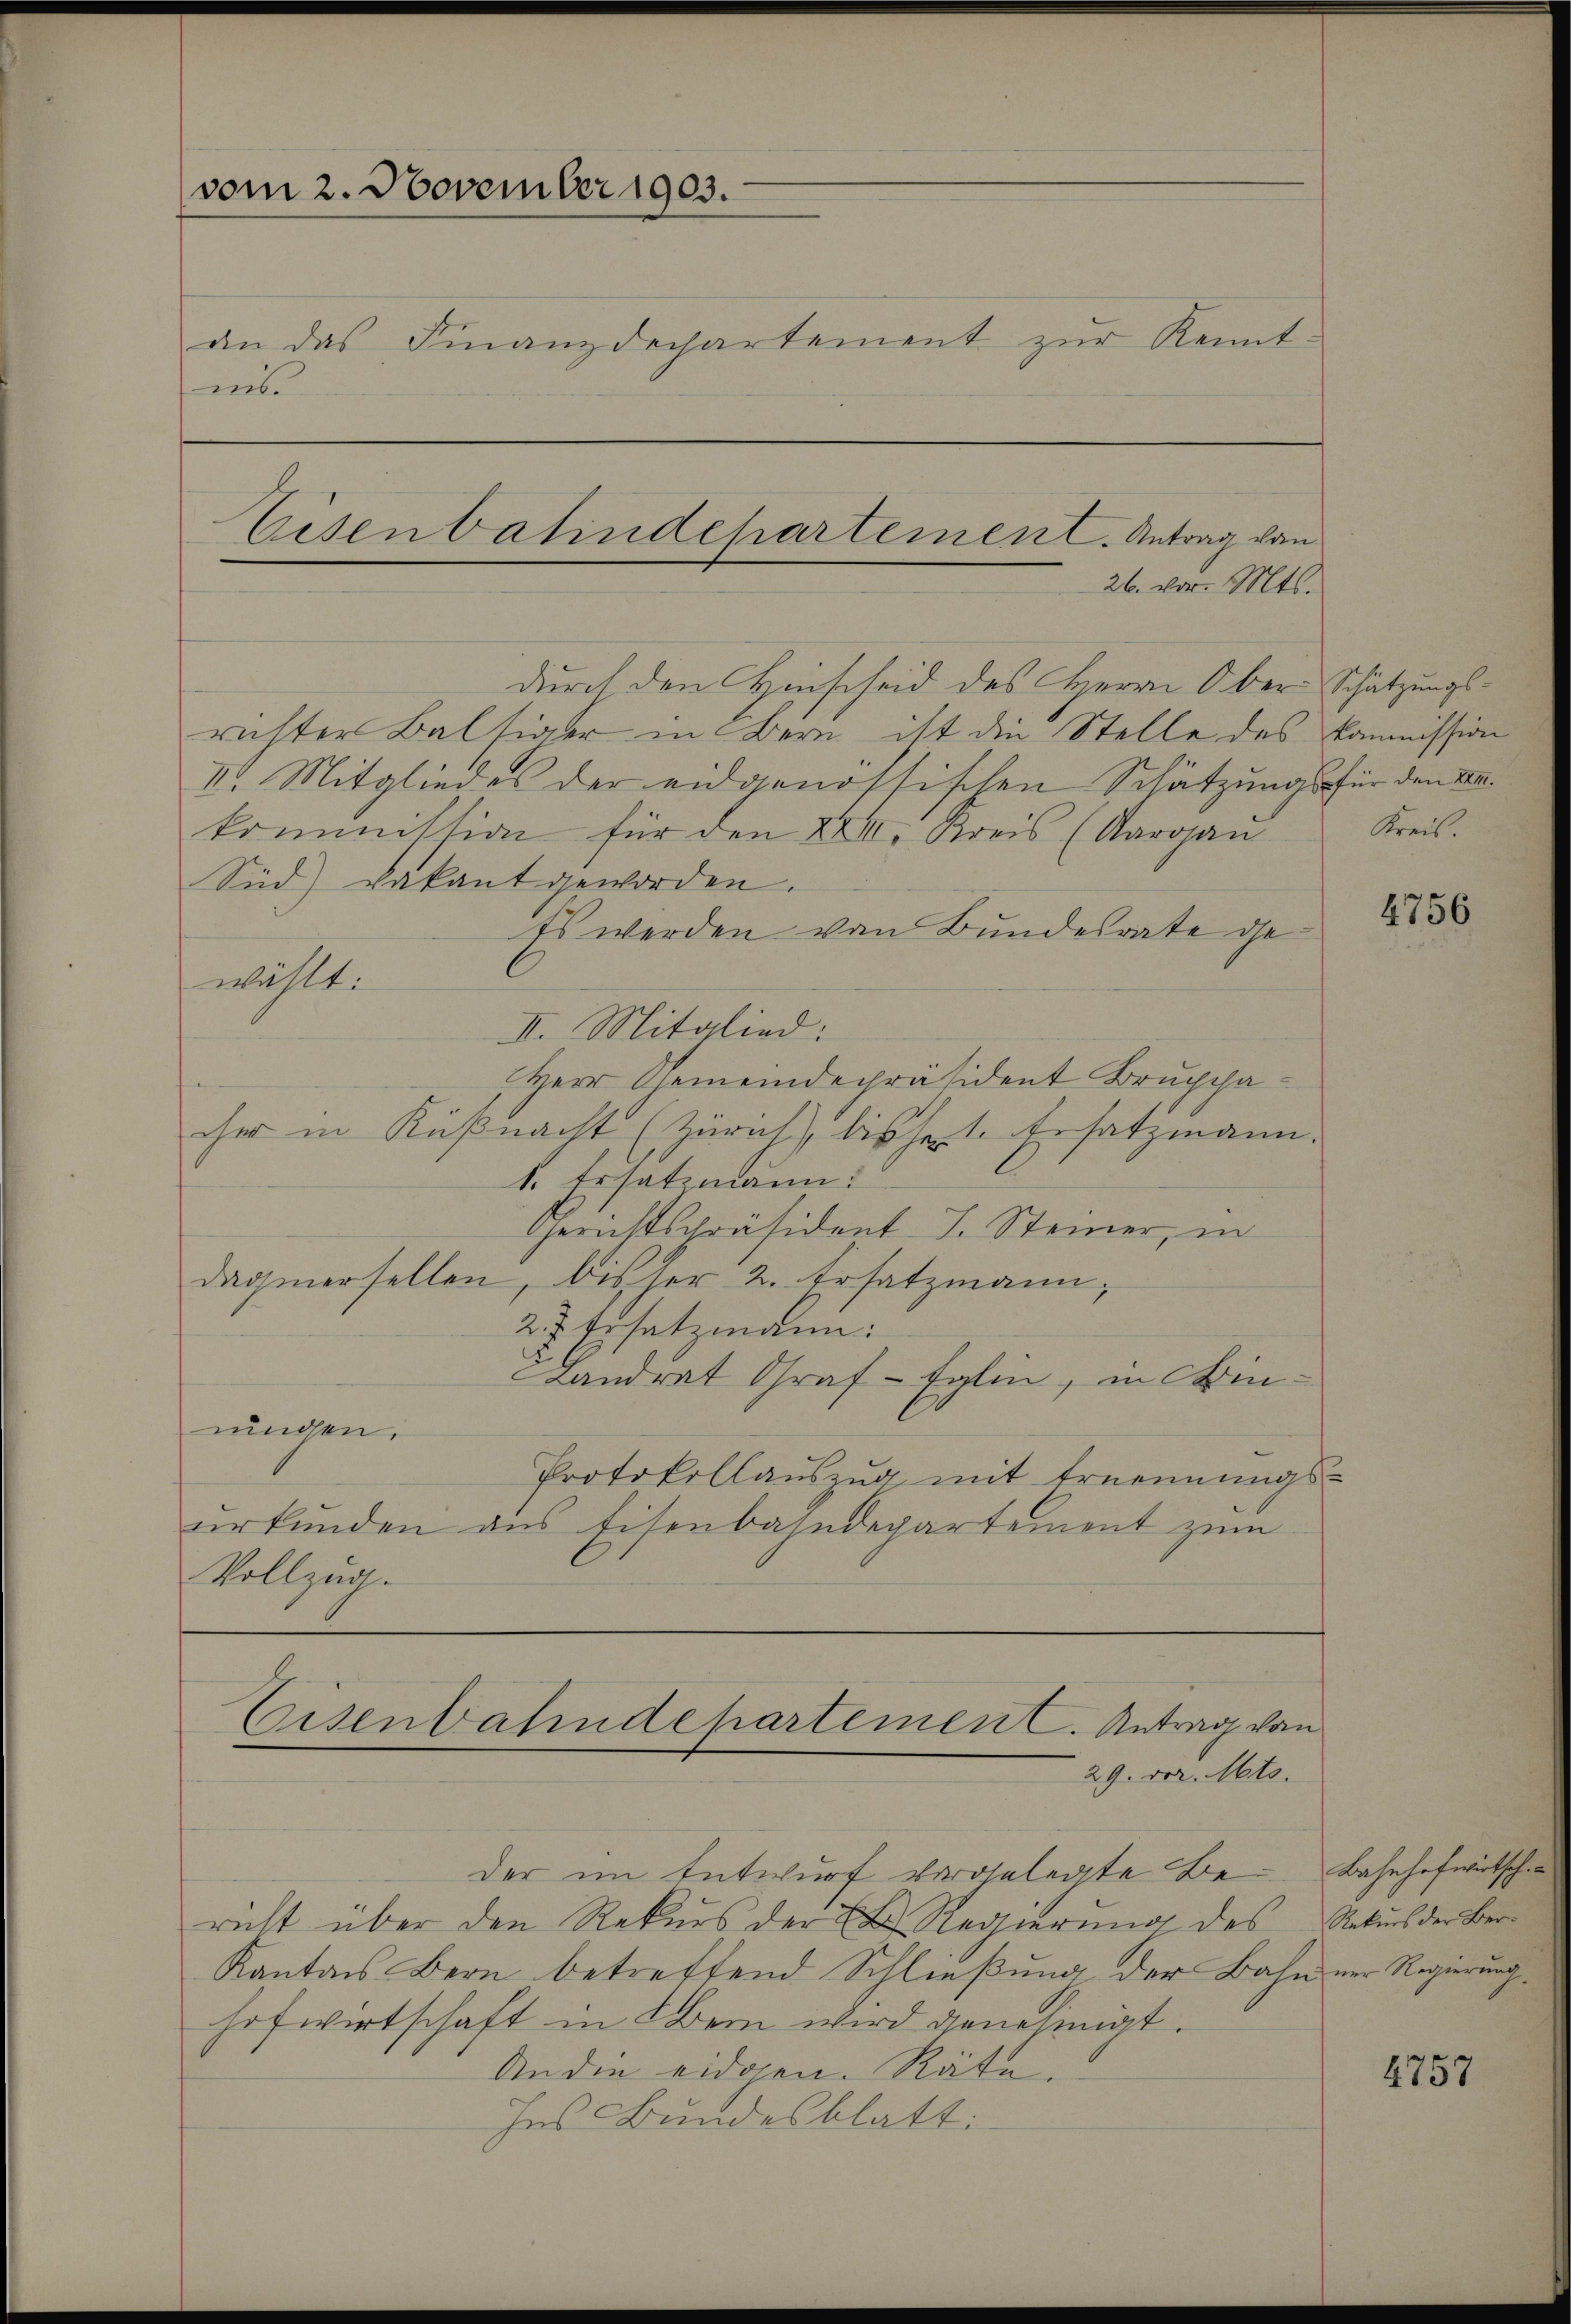
vom 2. November 1903.
an das Finanzdechartement zŭr Kennt-
is
Eisenbahndepartement. Antrag von

durch den Hinscheid des Herrn Ober-Schätzungs¬

richter Balsiger in Bern ist die Stelle des Kommission
II. Mitgliedes der eidgenössischen Schätzungs für den Fa
kommission für den XXIII. Kreis (Aargaŭ
Sid) dakant geworden.
ts werden von Bundesrate gewählt:
II. Mitglied:
Herr Gemeindepräsident Bruchha
cher in Küßnacht (Zürich, bischet. Ersatzmann.
1. Ersatzmann:
Gerichtspräsident J. Steiner, in
daginnerselben, bisher 2. Ersatzmann,
2. 7. Ersatzmann:
Landrat Graf - Eglin, in Binningen.
Protokollauszug mit Ernennungs-
erkŭnden aus Eisenbahndepartement zum
Vollzug.

26. vor. Mts.

der im Entwurf vorgelegte Be- Bahnhofwirtsch
richt über den Rekurs der E. Regierung des Naturs der Ber¬
Kantons Bern betreffend Schließung der Bahn ner Regierung
hofwirtschaft in Obern wird genehmigt.
An die eidgen. Räte.
Ins Bundesblatt:

Eisenbahndepartement. Antrag von
29. vor. Mts.

Kreis.

2

4756

4757